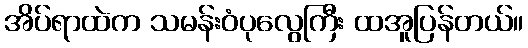
အိပ်ရာထဲက သမန်းဝံပုလွေကြီး ထအူပြန်တယ်။